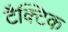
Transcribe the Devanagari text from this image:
टैक्टिक